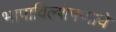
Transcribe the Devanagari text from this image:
भाषाविल्शेषणाचे